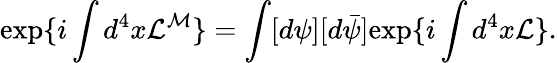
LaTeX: \mathrm{exp}\{ i\int d^{4}x{\cal L^{M}}\} =\int[d\psi][d\bar{\psi}]\mathrm{exp}\{ i\int d^{4}x{\cal L}\} .